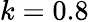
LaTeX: k=0.8